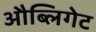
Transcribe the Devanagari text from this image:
औब्लिगेट